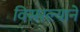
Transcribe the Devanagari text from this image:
विसरल्याने